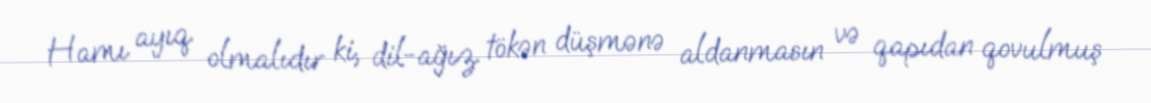
Hamı ayıq olmalıdır ki, dil-ağız tökən düşmənə aldanmasın və qapıdan qovulmuş